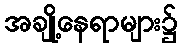
အချို့နေရာများ၌